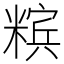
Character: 𰫉